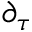
\partial _ { \tau }